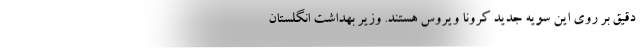
دقیق بر روی این سویه جدید کرونا ویروس هستند. وزیر بهداشت انگلستان